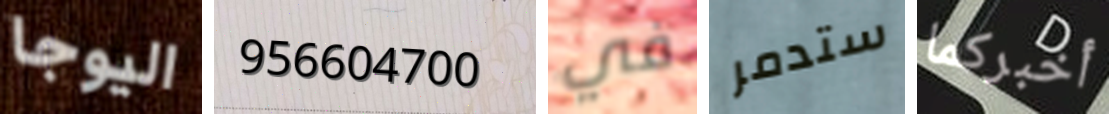
اليوجا 956604700 في ستدمر أخبركما